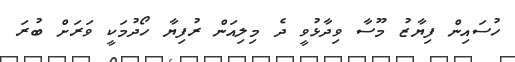
ހުސައިން ފިޔާޒު މޫސާ ވިދާޅުވީ ދެ މިލިއަން ރުފިޔާ ހޯދުމަކީ ވަރަށް ބުރަ